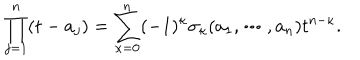
\prod _ { j = 1 } ^ { n } ( t - a _ { j } ) = \sum _ { \kappa = 0 } ^ { n } ( - 1 ) ^ { \kappa } \sigma _ { \kappa } ( a _ { 1 } , \cdots , a _ { n } ) t ^ { n - \kappa } .